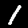
Digit: 1